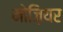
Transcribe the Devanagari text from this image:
मोज़ियर